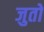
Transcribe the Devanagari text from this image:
जुतो